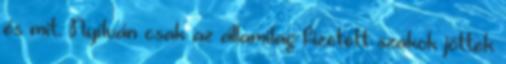
és mit. Nyílván csak az államilag fizetett szakok jöttek